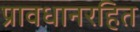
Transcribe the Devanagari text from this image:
प्रावधानरहित